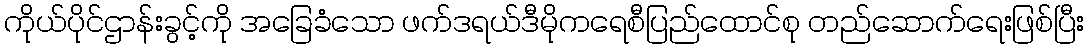
ကိုယ်ပိုင်ဌာန်းခွင့်ကို အခြေခံသော ဖက်ဒရယ်ဒီမိုကရေစီပြည်ထောင်စု တည်ဆောက်ရေးဖြစ်ပြီး